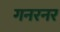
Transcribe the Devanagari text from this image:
गनरनर